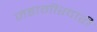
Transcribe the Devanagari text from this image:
जहागीरदारी